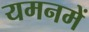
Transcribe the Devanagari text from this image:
यमनमें